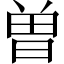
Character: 曽